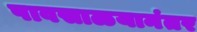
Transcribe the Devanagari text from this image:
पावसाळयानंतर